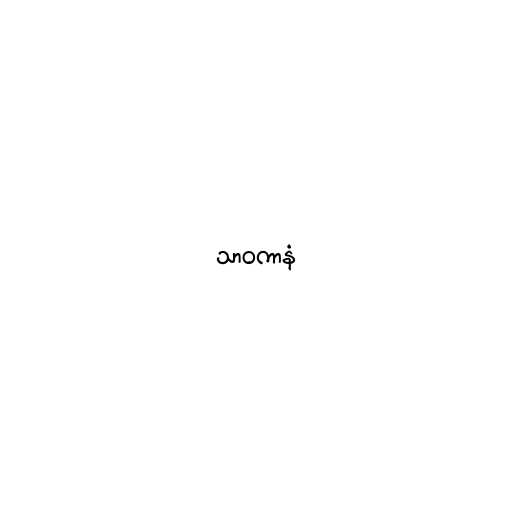
သာဝကာနံ